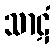
သာဋံ